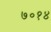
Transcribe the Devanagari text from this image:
७०१४